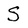
Character: S